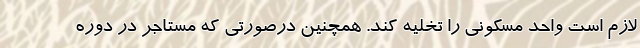
لازم است واحد مسکونی را تخلیه کند. همچنین درصورتی که مستاجر در دوره